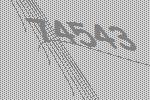
74543